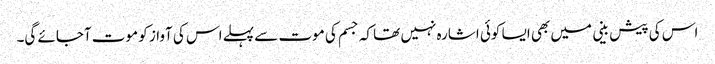
اس کی پیش بینی میں بھی ایسا کوئی اشارہ نہیں تھا کہ جسم کی موت سے پہلے اس کی آواز کو موت آجائے گی۔